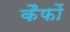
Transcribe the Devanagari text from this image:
कैफों